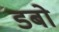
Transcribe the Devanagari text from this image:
डबो